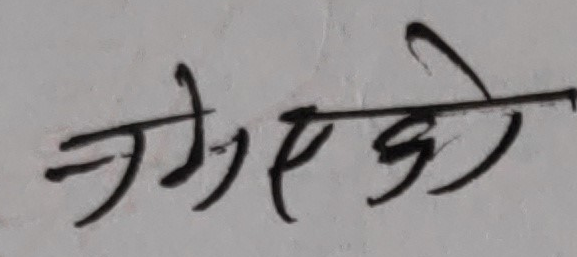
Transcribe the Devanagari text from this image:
जगएकडे